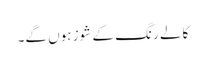
کالے رنگ کے شوز ہوں گے۔